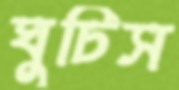
ঘুচিস